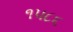
૧૫૮૬